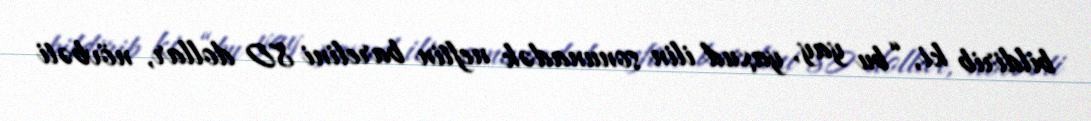
bildirib ki, “bu yay, yaxud ilin sonunadək neftin barelini 80 dollar, növbəti